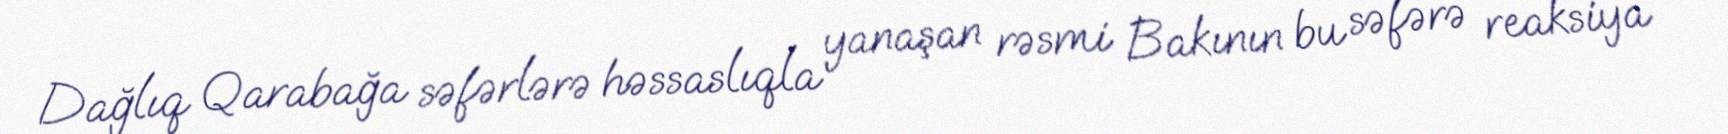
Dağlıq Qarabağa səfərlərə həssaslıqla yanaşan rəsmi Bakının bu səfərə reaksiya